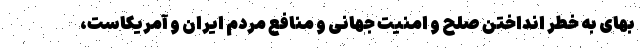
بهای به خطر انداختن صلح و امنیت جهانی و منافع مردم ایران و آمریکاست،